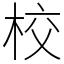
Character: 校